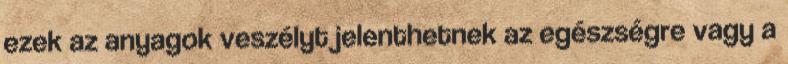
ezek az anyagok veszélyt jelenthetnek az egészségre vagy a